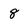
Character: 8